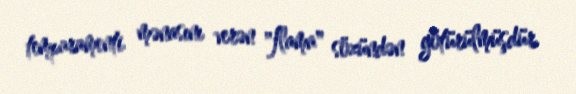
temparamenti mənasını verən "flama" sözündən götürülmüşdür.